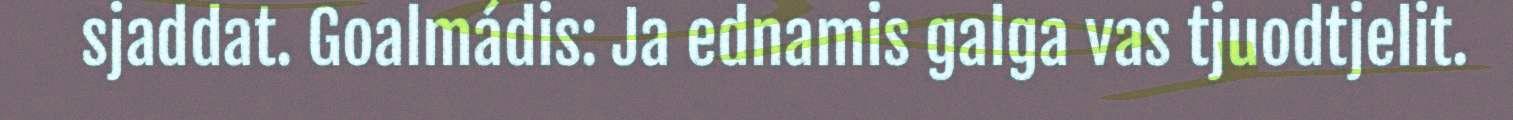
sjaddat. Goalmádis: Ja ednamis galga vas tjuodtjelit.